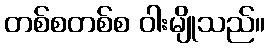
တစ်စတစ်စ ဝါးမျိုသည်။